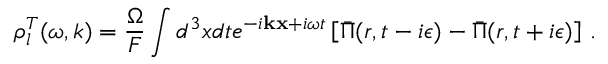
\rho _ { l } ^ { T } ( \omega , k ) = \frac { \Omega } { { \cal F } } \int d ^ { 3 } x d t e ^ { - i { \bf k } { \bf x } + i \omega t } \left[ \bar { \Pi } ( r , t - i \epsilon ) - \bar { \Pi } ( r , t + i \epsilon ) \right] \, .